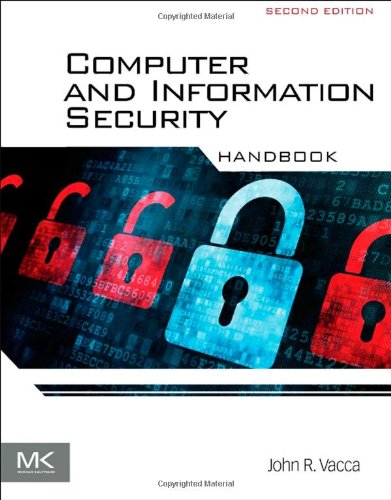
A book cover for Computer and Information Security Handbook, Second Edition; John R. Vacca; Computers & Technology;